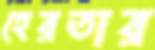
হেরতার